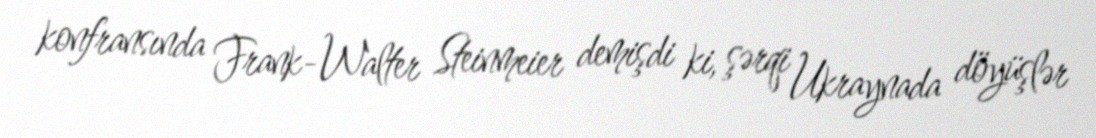
konfransında Frank-Walter Steinmeier demişdi ki, şərqi Ukraynada döyüşlər